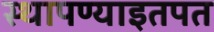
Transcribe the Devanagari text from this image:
स्थापण्याइतपत